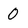
Character: O